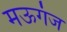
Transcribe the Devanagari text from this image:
मऊगंज